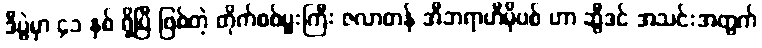
ဒီပွဲမှာ ၄၁ နှစ် ရှိပြီ ဖြစ်တဲ့ တိုက်စစ်မှူးကြီး ဇလာတန် အီဘရာဟီမိုဗစ် ဟာ ဆွီဒင် အသင်းအတွက်